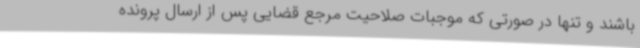
باشند و تنها در صورتی که موجبات صلاحیت مرجع قضایی پس از ارسال پرونده